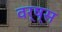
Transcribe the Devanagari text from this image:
वर्ष्स